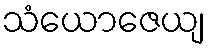
သံယောဇေယျ